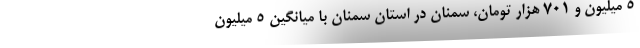
۵ میلیون و ۷۰۱ هزار تومان، سمنان در استان سمنان با میانگین ۵ میلیون